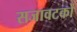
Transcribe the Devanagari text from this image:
सजावटको